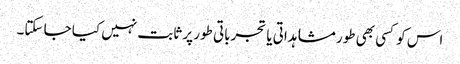
اس کو کسی بھی طور مشاہداتی یا تجرباتی طور پر ثابت نہیں کیا جا سکتا۔